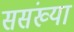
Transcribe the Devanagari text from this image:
ससंख्या